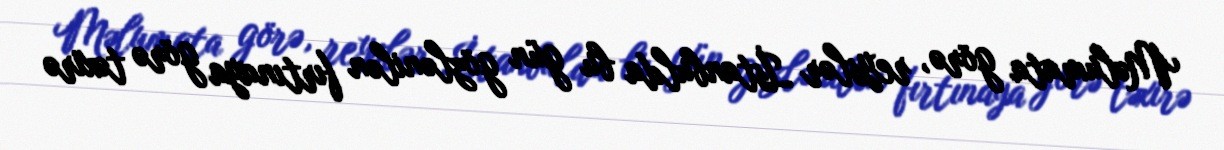
Məlumata görə, reyslər İstanbulda bu gün gözlənilən fırtınaya görə təxirə